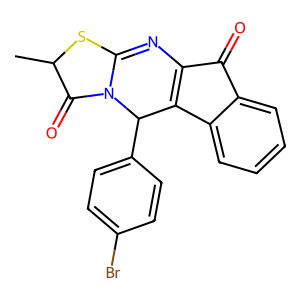
SMILES: CC1SC2=NC3=C(c4ccccc4C3=O)C(c3ccc(Br)cc3)N2C1=O
Inhibits HIV replication: No